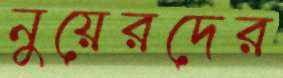
নুয়েরদের